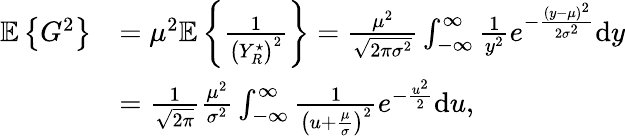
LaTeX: \begin{array}{rl}{\mathbb{E}\left\{ G^{2}\right\} }&{=\mu^{2}\mathbb{E}\left\{ \frac{1}{\left(Y_{R}^{\star}\right)^{2}}\right\} =\frac{\mu^{2}}{\sqrt{2\pi\sigma^{2}}}\int_{-\infty}^{\infty}\frac{1}{y^{2}}e^{-\frac{\left(y-\mu\right)^{2}}{2\sigma^{2}}}\mathrm{d}y}\\ &{=\frac{1}{\sqrt{2\pi}}\frac{\mu^{2}}{\sigma^{2}}\int_{-\infty}^{\infty}\frac{1}{\left(u+\frac{\mu}{\sigma}\right)^{2}}e^{-\frac{u^{2}}{2}}\mathrm{d}u,}\end{array}